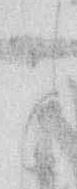
と